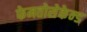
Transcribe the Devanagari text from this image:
फेमतोसेकेन्‍ड